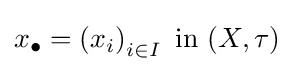
x_{\bullet }=\left(x_{i}\right)_{i\in I}{\text{ in }}(X,\tau )